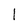
Character: l